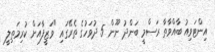
އިންޓަވިއު ބާއްވާތާ ރަސްމީ ބަންދު ނޫން 5 ދުވަހުގެ ތެރޭގައި "ވަޒީފާއަށް ކުރިމަތިލީ